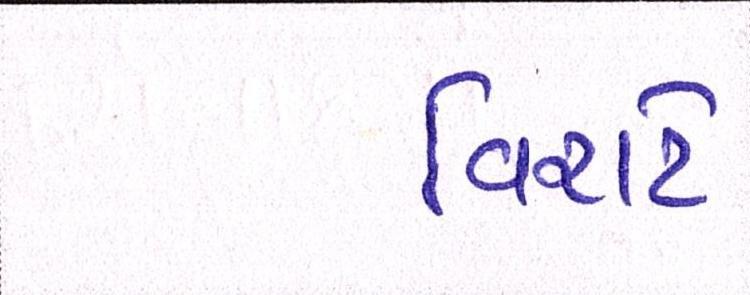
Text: વિરાટે